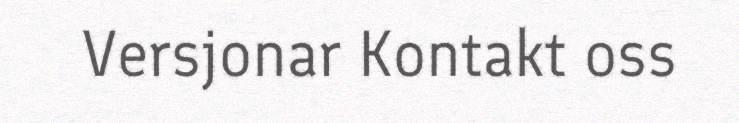
Versjonar Kontakt oss